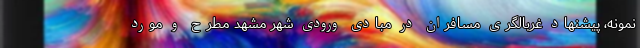
نمونه، پیشنهاد غربالگری مسافران در مبادی ورودی شهر مشهد مطرح و مورد